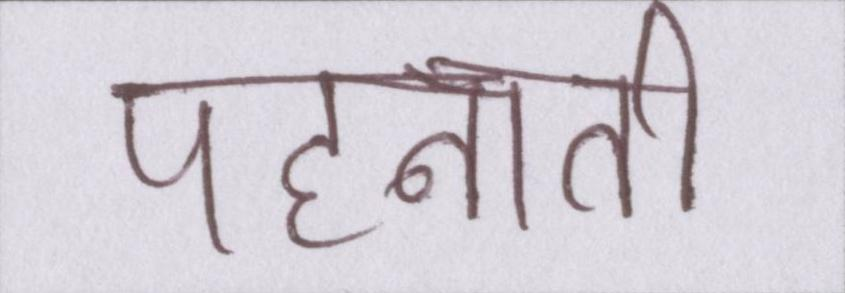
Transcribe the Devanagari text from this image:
पहनाती